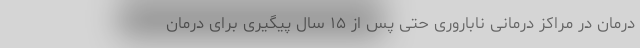
درمان در مراکز درمانی ناباروری حتی پس از ۱۵ سال پیگیری برای درمان